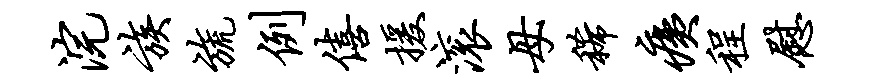
浣族旒例僖援滚母稀痍程慰